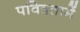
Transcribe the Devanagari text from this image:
पवित्रतामें